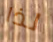
لذا